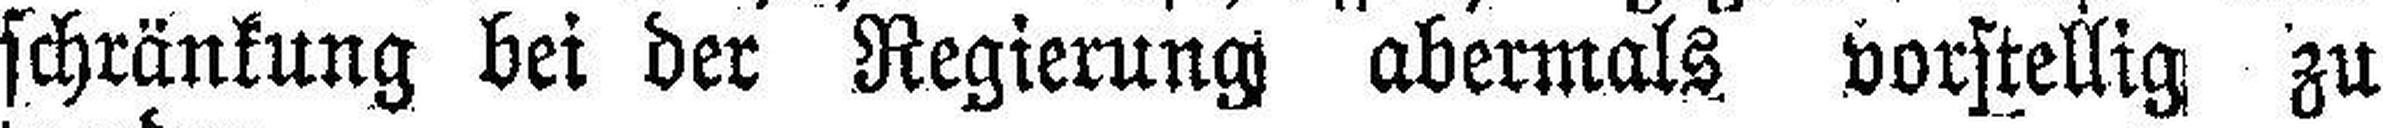
schränkung bei der Regierung abermals vorstellig zu